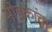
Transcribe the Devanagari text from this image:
मोडकांचा